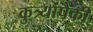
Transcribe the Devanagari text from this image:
कुत्र्यांपैकी